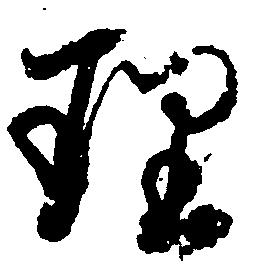
理